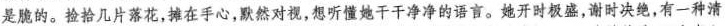
是脆的。捡拾几片落花，摊在手心，默然对视，想听懂她干干净净的语言。她开时极盛，谢时决绝，有一种清